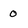
Character: 0